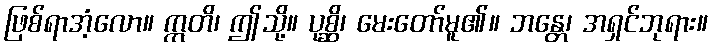
ဖြစ်ရာအံ့လော။ ဣတိ၊ ဤသို့။ ပုစ္ဆိ၊ မေးတော်မူ၏။ ဘန္တေ၊ အရှင်ဘုရား။